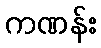
ကဏန်း